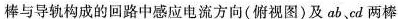
棒与导轨构成的回路中感应电流方向(俯视图)及ab，cd两棒